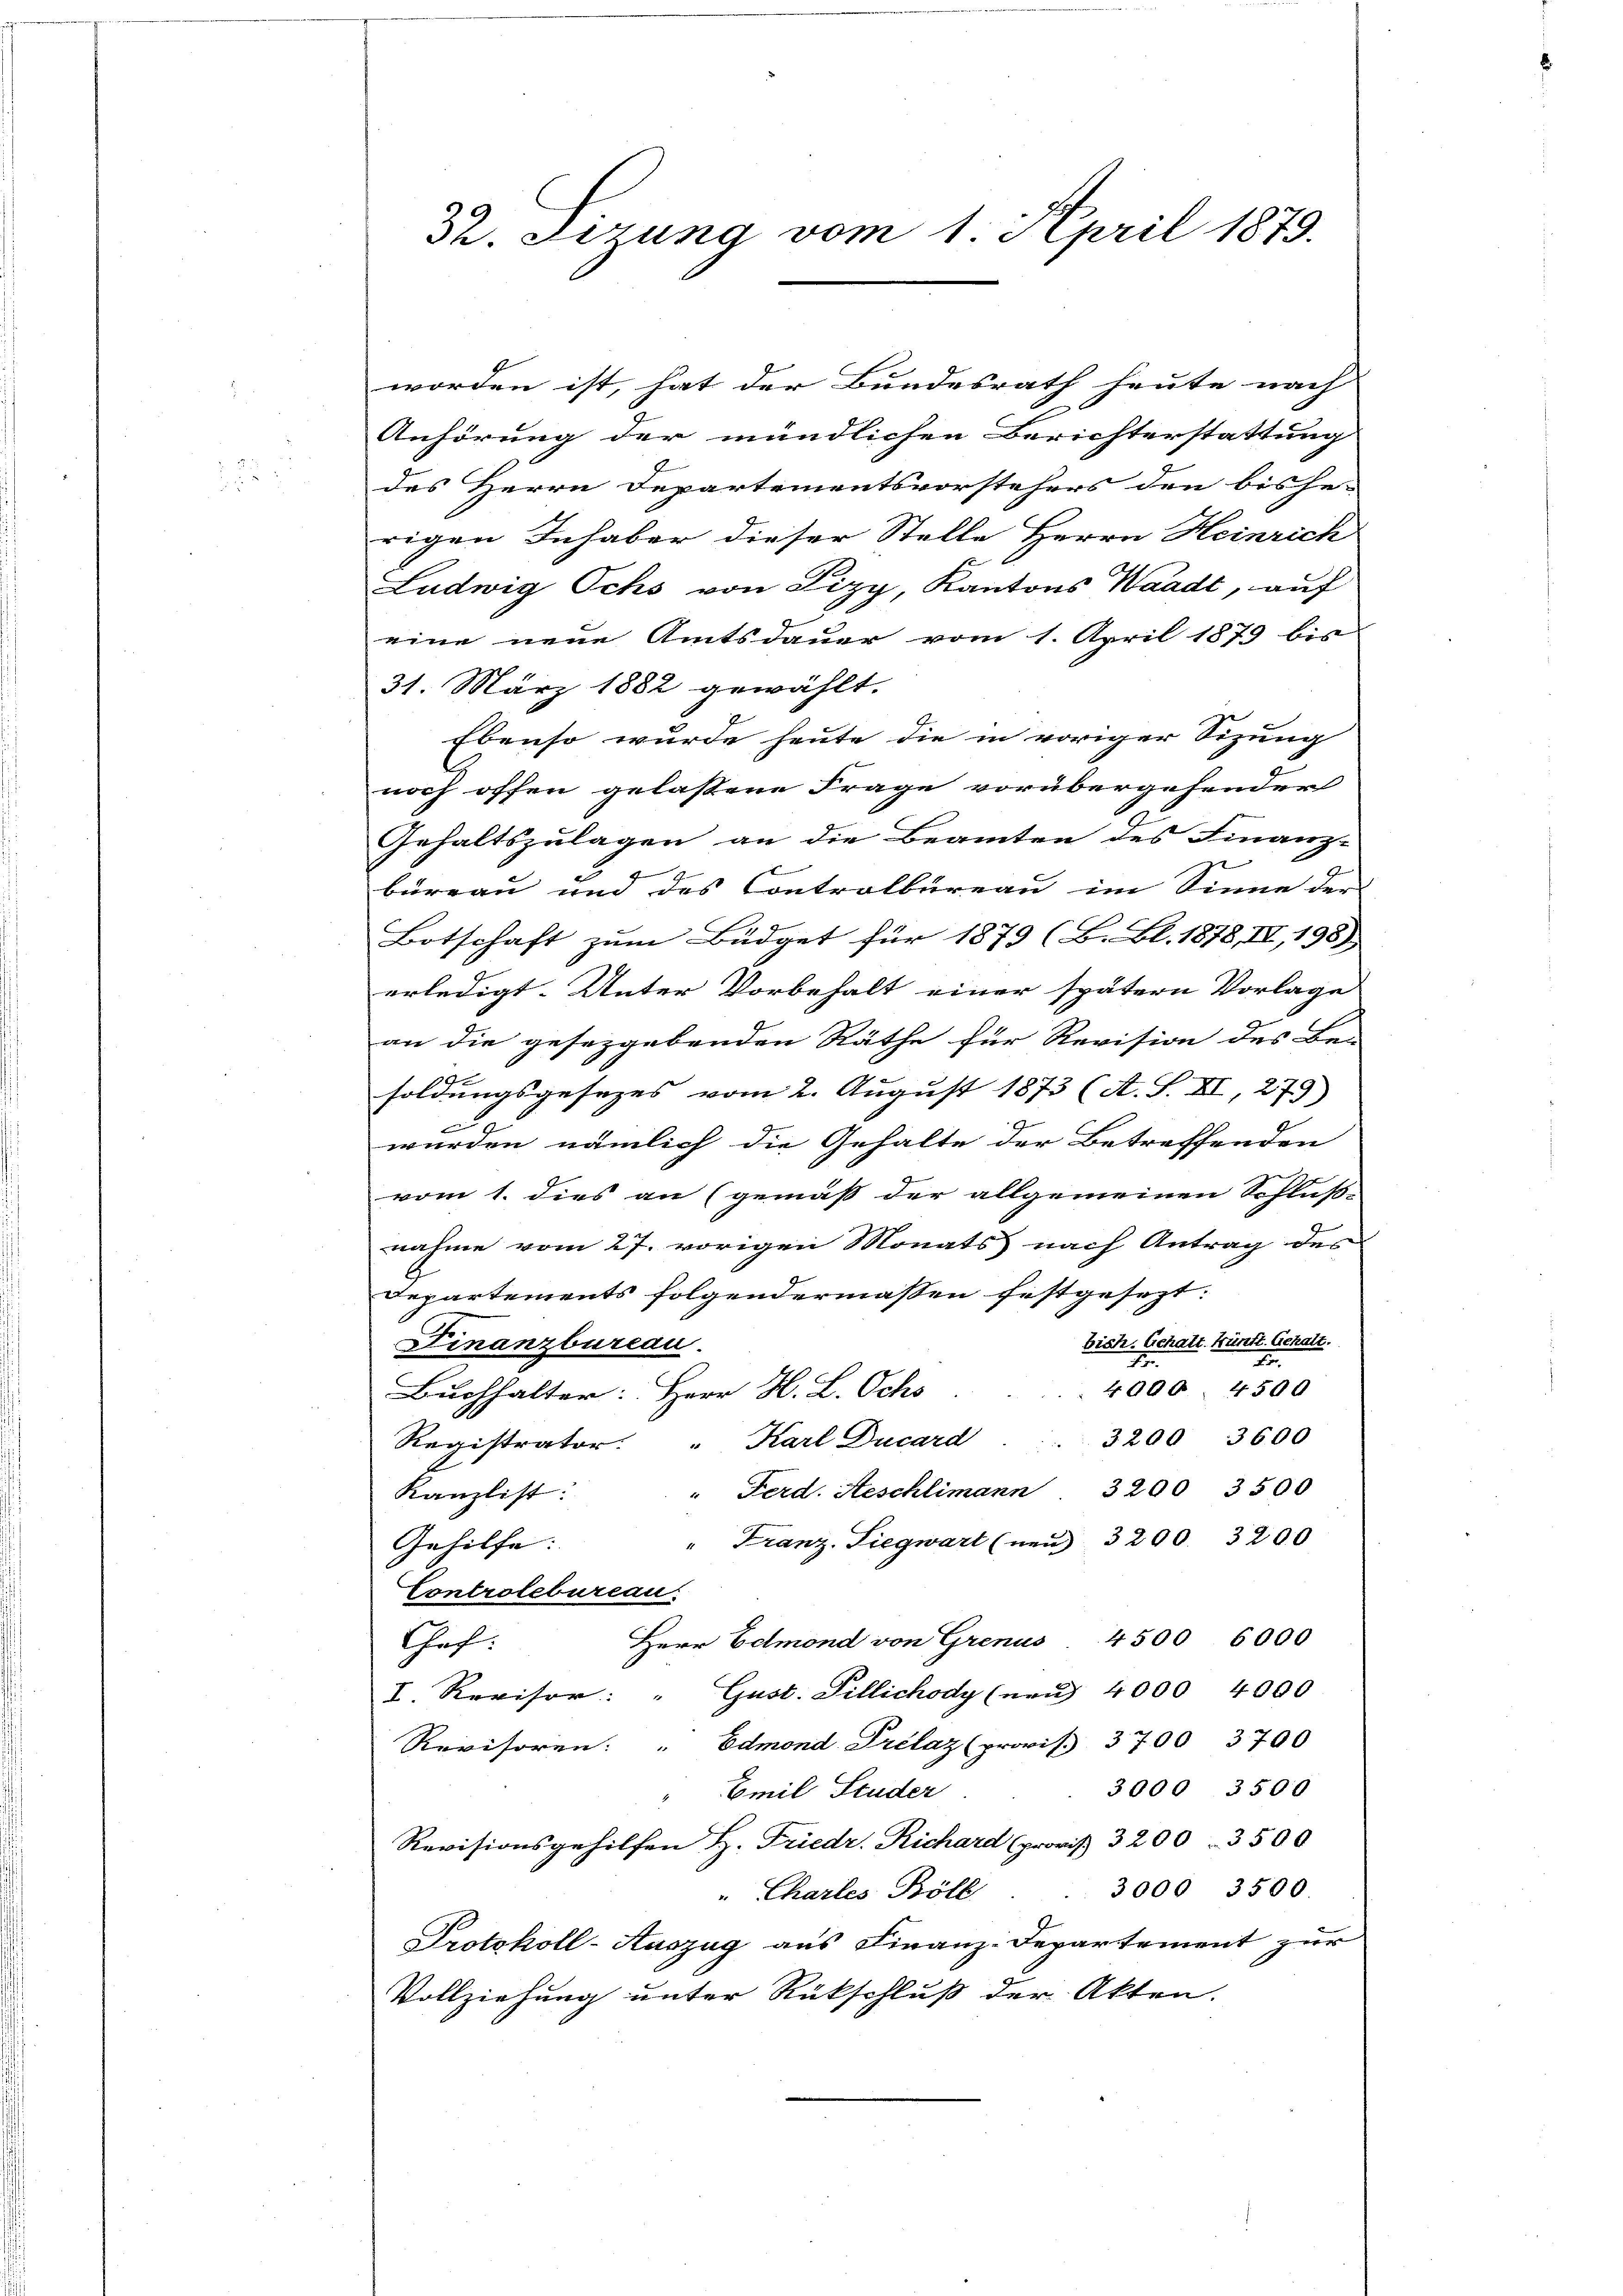
32. Sizung vom 1. April 1879.

worden ist, hat der Bundesrath heute nach
Anhörung der mündlichen Berichterstattung
des Herrn Departementsvorstehers den bishe-
rigen Inhaber dieser Stelle Herrn Heinrich
E
Ludwig Ochs von Pizy, Kantons Waadt, auf
eine neue Amtsdauer vom 1. April 1879 bis
31. März 1882 gewählt.
Ebenso wurde heute die in voriger Sizung
noch offen gelassene Frage vorübergehender
Gehaltszulagen an die Beamten des Finanz- |
büreau und des Controlbureau im Sinne der
Botschaft zum Büdget für 1879 (B. Bl. 1878, II, 198)
erledigt. Unter Vorbehalt einer spätern Vorlage
an die gesetzgebenden Räthe für Revision des Ben
e
soldungsgesezes vom 2. August 1873 (A. S. XI, 27.)
a
wurden nämlich die Gehalte der Betreffenden
vom 1. dies an (gemäß der allgemeinen Schluß-
nahme vom 27. vorigen Monats nach Antrag des
Departements folgendermassen festgesezt:
Finanzbureau.
bisch. Gehalt künft. Gehalt.
4000. 4500
Buchhalter: Herr H. L. Ochs
3200 3600
Registrator. " Karl Ducard
" Ferd. Aeschlimann 3200 3500
Kanzlist:
" Franz-Siegwart (neu 3200. 3200
Gehilfe.
Controlbureau.
Herr Edmond von Grenus 4500 6000
Chef.
I. Revisor: " Gust. Pillichody (naŭ 4000 4000
Revisoren: " Edmond Prélaz (prois 3700 3700
3000, 3500
Emil Studer
Revisionsgehilfen H. Friedr. Richard (provis 3200 - 3500
3000 3500
" Charles Böll
Protokoll-Auszug aus Finanz-Departement zur
Vollziehung unter Rückschluß der Akten.